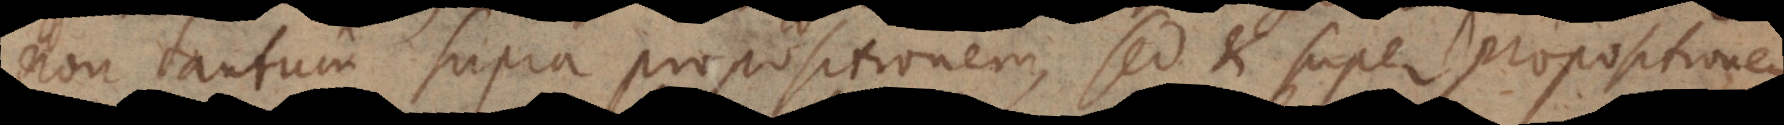
non tantum supra propositionem, sed et super propositionem